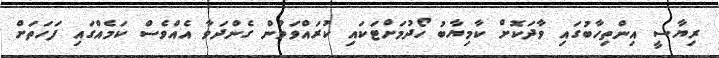
ރިޔާސީ އިންތިހާބުގައި ވާދަކޮށް ކާމިޔާބު ހޯދުމަށްޓަކައި ކުރައްވަމުން ގެންދަވާ އެއްވެސް ކަމެއްގައި ފަހަތަށް